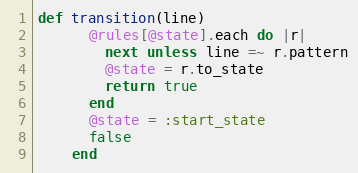
Language: Ruby
def transition(line)
      @rules[@state].each do |r|
        next unless line =~ r.pattern
        @state = r.to_state
        return true
      end
      @state = :start_state
      false
    end